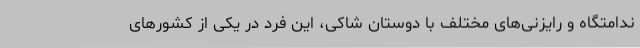
ندامتگاه و رایزنی‌های مختلف با دوستان شاکی، این فرد در یکی از کشورهای